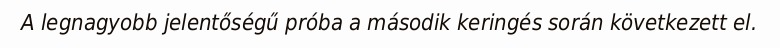
A legnagyobb jelentőségű próba a második keringés során következett el.